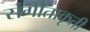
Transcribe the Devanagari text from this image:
संगीताकृती